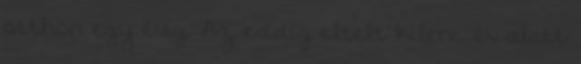
otthon egy évig. Az eddig eltelt kilenc év alatt